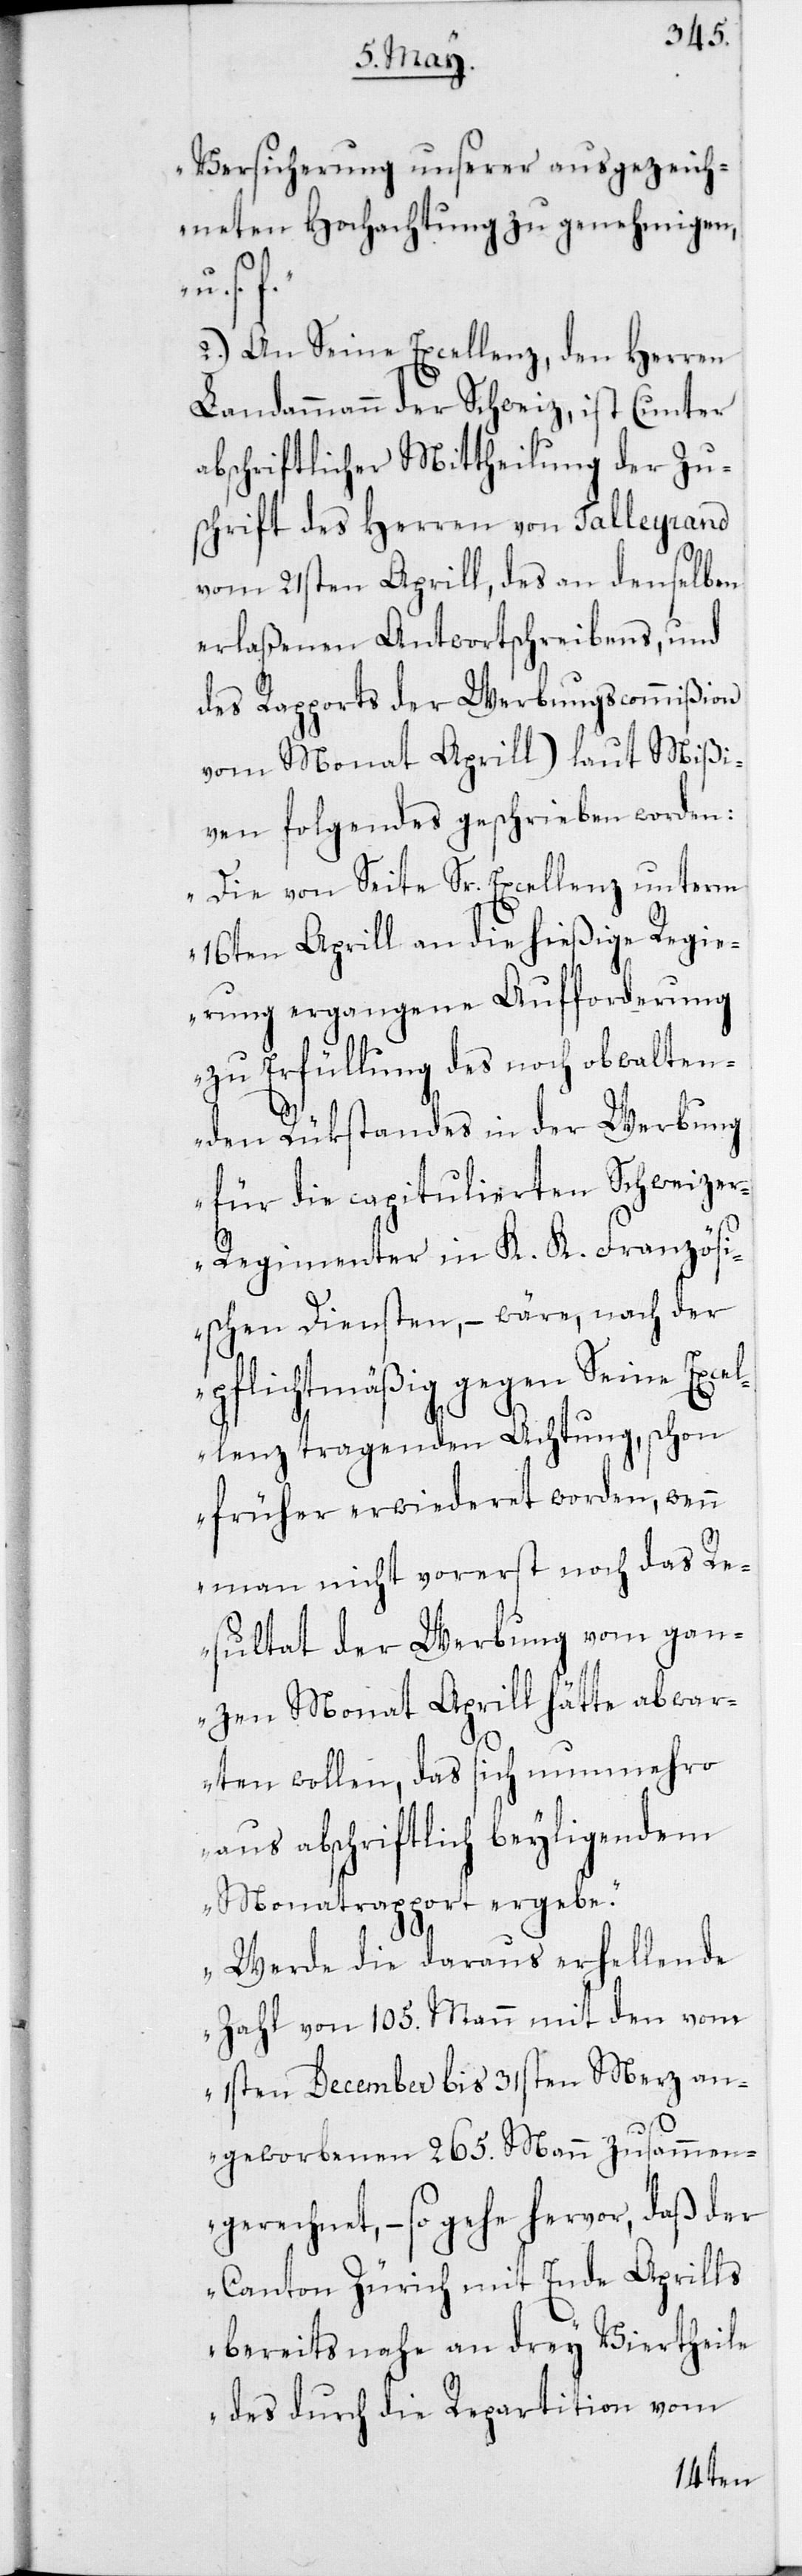
Versicherung unserer ausgezeich¬
neten Hochachtung zu genehmigen,
u. s.
2. An Se. Excellenz den Herren
Landammann der Schweiz, ist (unter
abschriftlicher Mittheilung der Zu¬
schrift des Herren von Talleyrand
vom 21sten Aprill, das an denselben
erlaßenen Antwortschreibens, und
des Rapports der Werbungscommißion
vom Monat Aprill) laut Mißi¬
ven folgendes geschrieben worden:
„Die von Seite Sr. Excellenz unterm
16ten Aprill an die hießige Regi¬
erung ergangene Aufforderung
zu Erfüllung des noch obwalten¬
den Rükstandes in der Werbung
für die capitulierten Schweize¬
r-Regimenter in K. K. Französi¬
schen Diensten, – wäre nach der
pflichtmäßig gegen Seine Exce¬
llenz tragenden Achtung, schon
früher erwideret worden, wenn
man nicht vorerst noch das Re¬
sultat der Werbung vom gan¬
zen Monat Aprill hätte abwar¬
ten wollen, das sich nunmehro
aus abschriftlich beyligendem
Monatsrapport ergebe.
Werde die daraus erhellende
Zahl von 105. Mann nicht den vom
1sten December bis 31sten Merz an¬
geworbenen 265. Mann zusammen¬
gerechnet, – so gehe hervor, daß der
Canton Zürich mit Ende Aprills
bereits nahe an drey Viertheile
des durch die Repartition vom